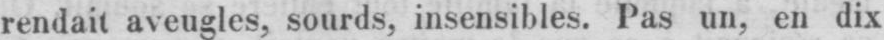
rendait aveugles, sourds, insensibles. Pas un, en dix